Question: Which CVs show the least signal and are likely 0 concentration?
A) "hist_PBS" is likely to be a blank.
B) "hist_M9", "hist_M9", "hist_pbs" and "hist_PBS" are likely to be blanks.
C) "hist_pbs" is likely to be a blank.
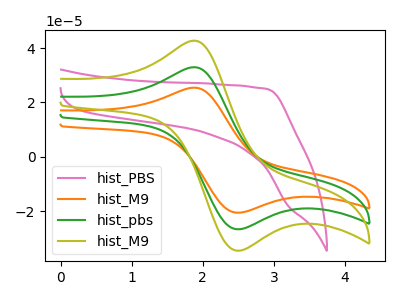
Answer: <think>The pink curve "hist_PBS" has no peaks. The orange curve "hist_M9" has an anodic peak at (1.85V, 65.85uA) and a cathodic peak at (2.55V, -53.15uA). The green curve "hist_pbs" has an anodic peak at (1.85V, 32.90uA) and a cathodic peak at (2.55V, -26.60uA). The olive curve "hist_M9" has an anodic peak at (1.85V, 42.65uA) and a cathodic peak at (2.55V, -34.45uA).</think>
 <answer>A) "hist_PBS" is likely to be a blank.</answer>
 <eval>A</eval>